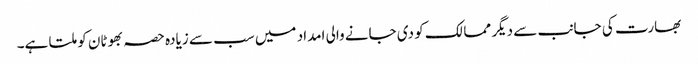
بھارت کی جانب سے دیگر ممالک کو دی جانے والی امداد میں سب سے زیادہ حصہ بھوٹان کو ملتا ہے۔